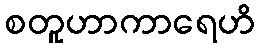
စတူဟာကာရေဟိ